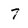
Character: 7